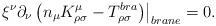
\begin{align*}\left. \xi ^{\nu } \partial_{\nu }\left(n_{\mu} K^{\mu }_{\rho \sigma }-T^{bra}_{\rho \sigma}\right)\right|_{brane} =0.\end{align*}